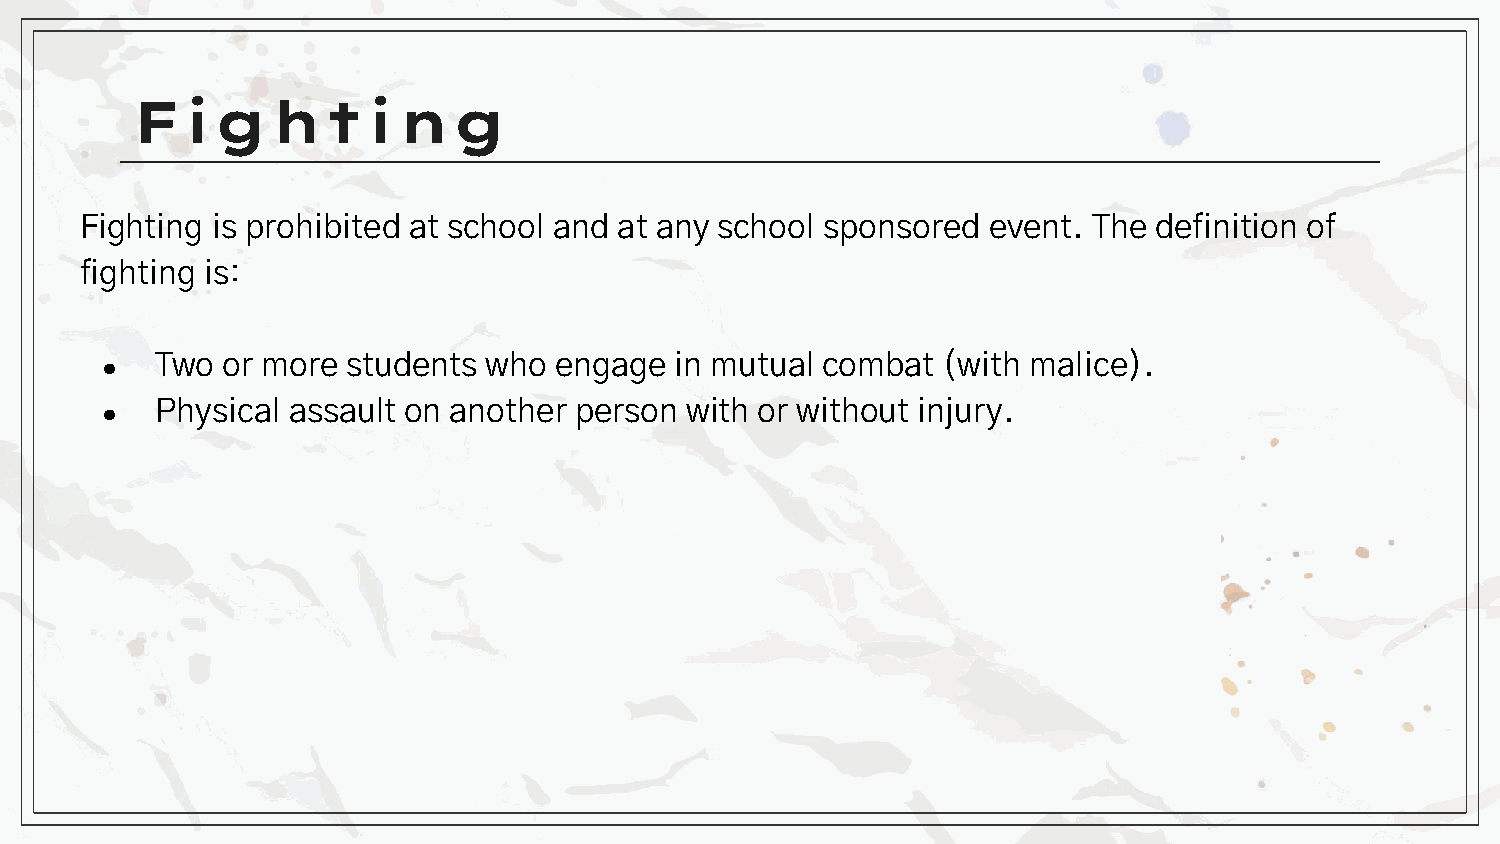
Fighting
 Fighting is prohibited at school and at any school sponsored event. The definition of
 fighting is:
 Two  or more students who  engage  in mutual combat (with malice).
 ●
 Physical assault on another person with or without injury.
 ●